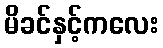
မိခင်နှင့်ကလေး